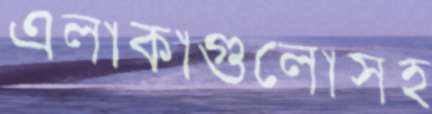
এলাকাগুলোসহ